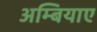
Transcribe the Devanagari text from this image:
अम्बियाए